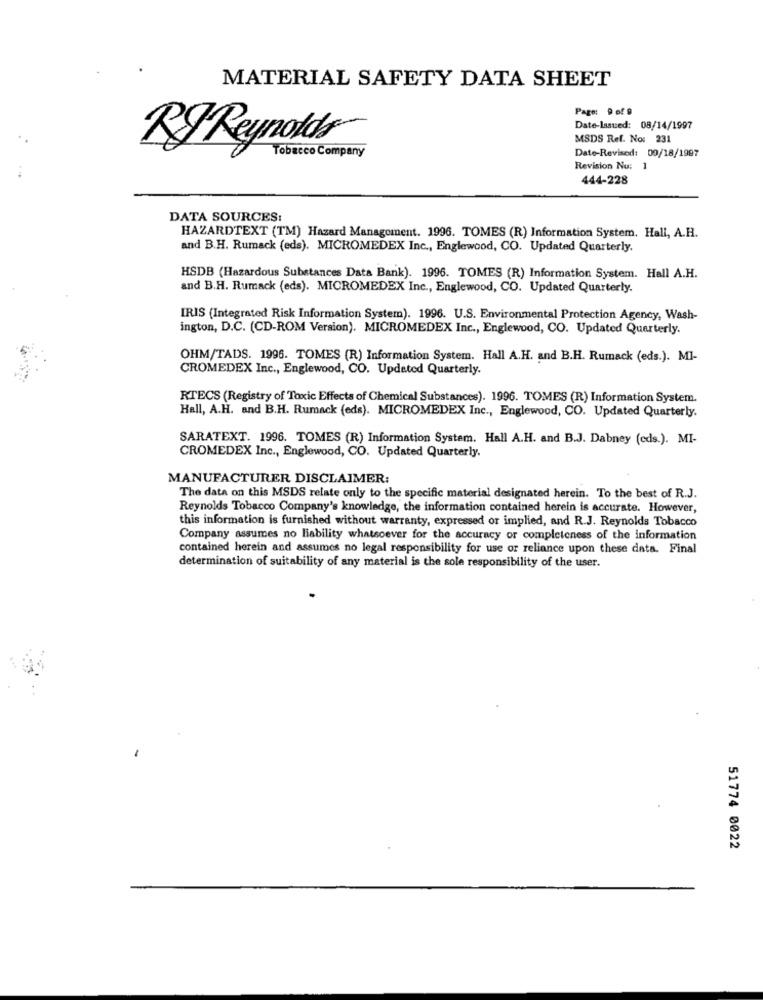
MATERIAL SAFETY DATA SHEET
Page: 9 of 9
Date-Issued: 08/14/1997
MSDS Ref. No: 231
RJ Reynolds
Tobacco Company
Date-Revised: 00/18/1997
Revision Nu: 1
444-228
DATA SOURCES:
HAZARDTEXT (TM) Hazard Management. 1996. TOMES (R) Information System. Hall, A.H.
and B.H. Rumack (eds). MICROMEDEX Inc ., Englewood, CO. Updated Quarterly.
HSDB (Hazardous Substances Data Bank). 1996. TOMES (R) Information System. Hall A.H.
and B.H. Rumack (eds). MICROMEDEX Inc ., Englewood, CO. Updated Quarterly.
IRIS (Integrated Risk Information System). 1996. U.S. Environmental Protection Agency, Wash-
ington, D.C. (CD-ROM Version). MICROMEDEX Inc ., Englewood, CO. Updated Quarterly.
OHM/TADS. 1996. TOMES (R) Information System. Hall A.H. and B.H. Rumack (eds.). MI-
CROMEDEX Inc ., Englewood, CO. Updated Quarterly.
RTECS (Registry of Toxic Effects of Chemical Substances). 1996. TOMES (R) Information System.
Hall, A.H. and B.H. Rumack (eds). MICROMEDEX Inc ., Englewood, CO. Updated Quarterly.
SARATEXT. 1996. TOMES (R) Information System. Hall A.H. and B.J. Dabney (eds.). MI-
CROMEDEX Inc ., Englewood, CO. Updated Quarterly.
MANUFACTURER DISCLAIMER:
The data on this MSDS relate only to the specific material designated herein. To the best of R.J.
Reynolds Tobacco Company's knowledge, the information contained herein is accurate. However,
this information is furnished without warranty, expressed or implied, and R.J. Reynolds Tobacco
Company assumes no liability whatsoever for the accuracy or completeness of the information
contained herein and assumes no legal responsibility for use or reliance upon these data. Final
determination of suitability of any material is the sole responsibility of the user.
51774 0022